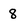
Character: 8